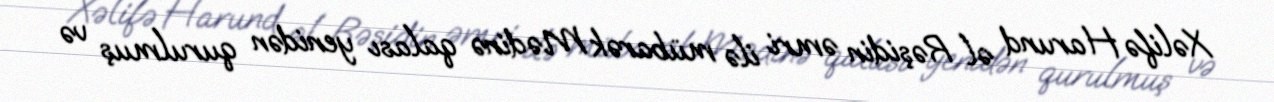
Xəlifə Harund əl Rəşidin əmri ilə mübarək Mədinə qalası yenidən qurulmuş və